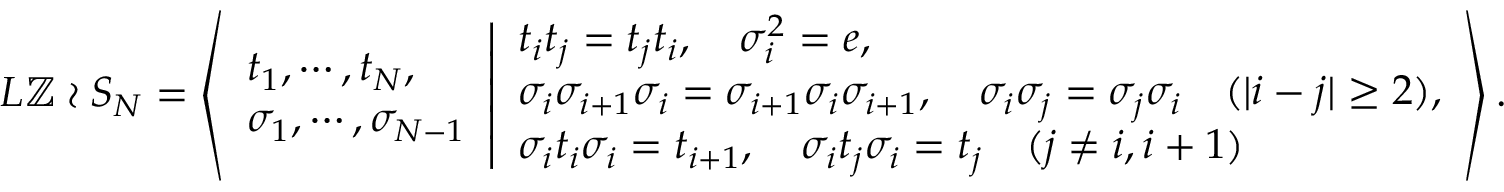
\begin{array} { r } { L \mathbb { Z } \wr S _ { N } = \left\langle \begin{array} { l } { t _ { 1 } , \cdots , t _ { N } , } \\ { \sigma _ { 1 } , \cdots , \sigma _ { N - 1 } } \end{array} \middle \vert \begin{array} { l } { t _ { i } t _ { j } = t _ { j } t _ { i } , \quad \sigma _ { i } ^ { 2 } = e , } \\ { \sigma _ { i } \sigma _ { i + 1 } \sigma _ { i } = \sigma _ { i + 1 } \sigma _ { i } \sigma _ { i + 1 } , \quad \sigma _ { i } \sigma _ { j } = \sigma _ { j } \sigma _ { i } ~ ~ ~ ( | i - j | \geq 2 ) , } \\ { \sigma _ { i } t _ { i } \sigma _ { i } = t _ { i + 1 } , \quad \sigma _ { i } t _ { j } \sigma _ { i } = t _ { j } ~ ~ ~ ( j \neq i , i + 1 ) } \end{array} \right\rangle . } \end{array}